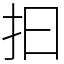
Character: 𢪏